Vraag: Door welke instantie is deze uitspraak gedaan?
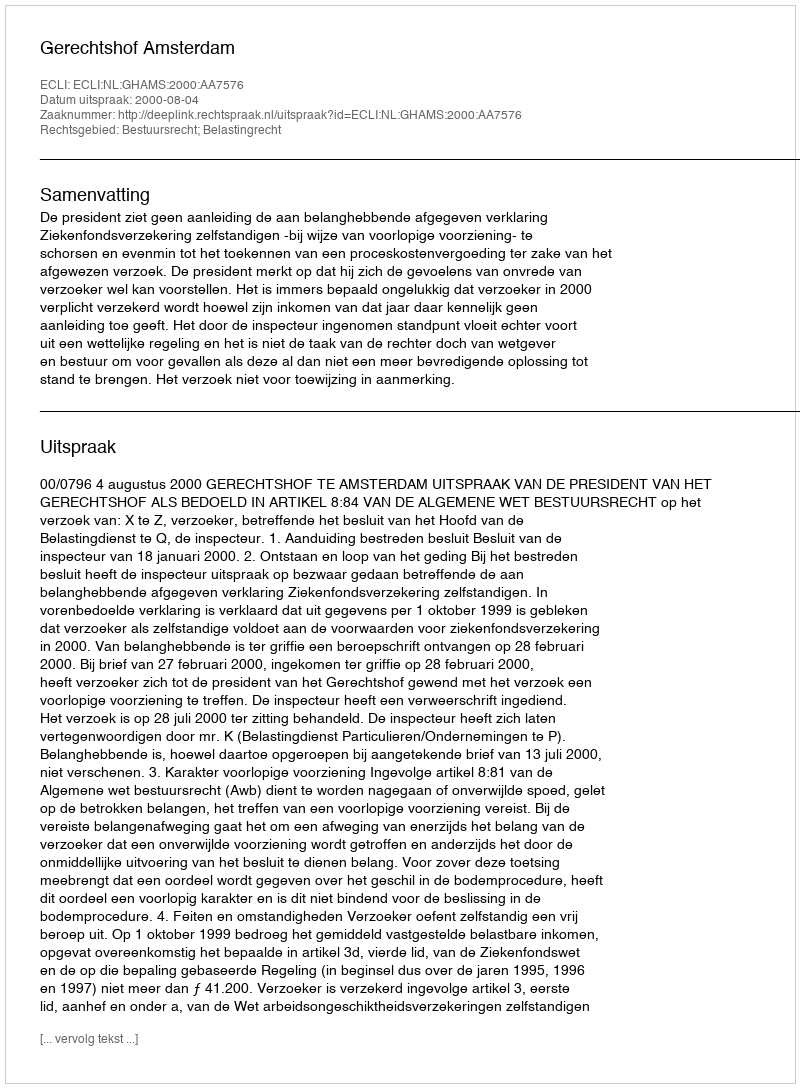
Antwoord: Gerechtshof Amsterdam